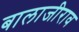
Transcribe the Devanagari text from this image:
बालाजीराव